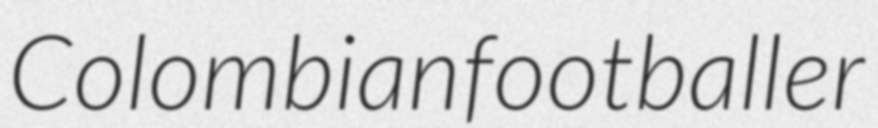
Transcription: Colombian footballer